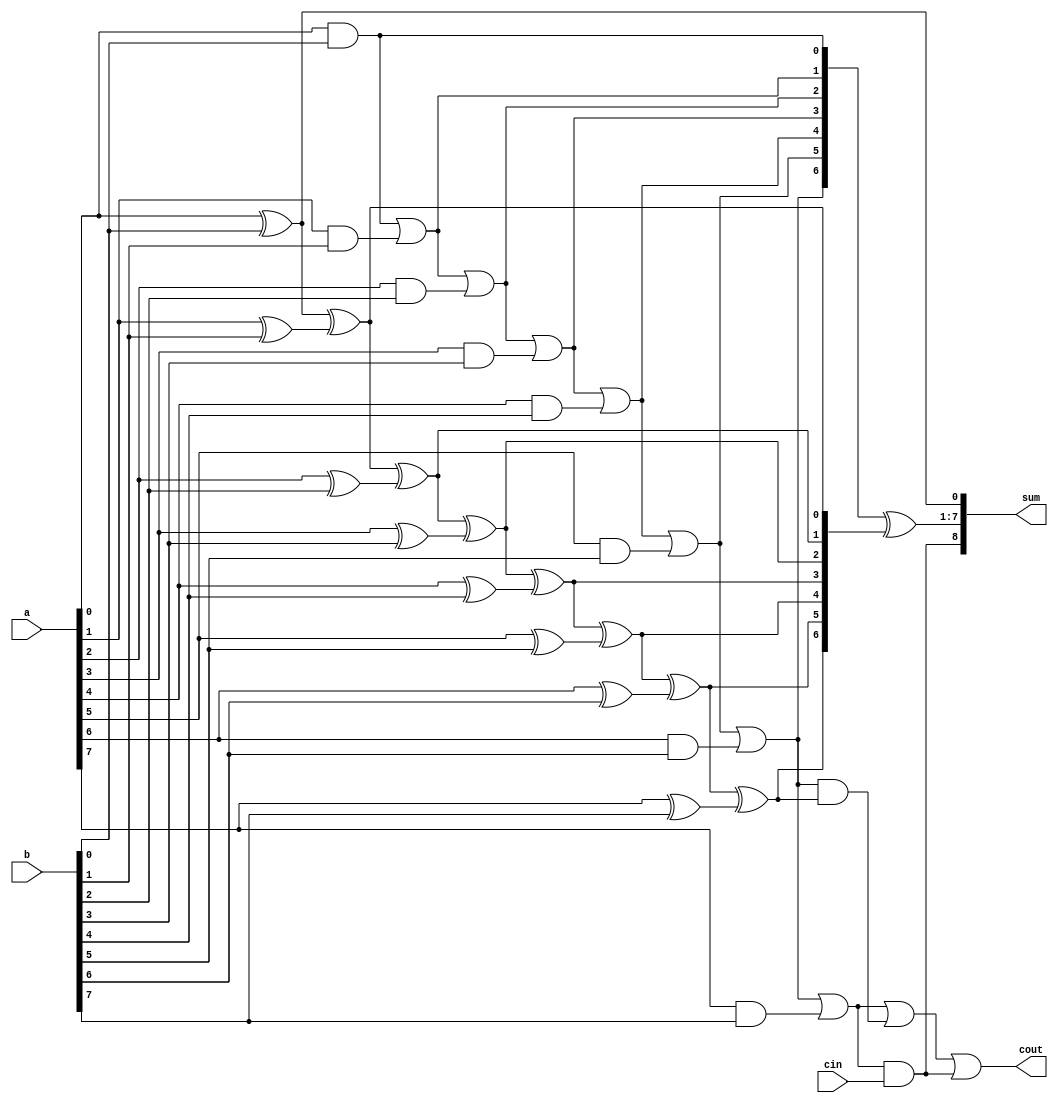
module kogge_stone_adder (
    input [7:0] a,
    input [7:0] b,
    input cin,
    output [8:0] sum,
    output cout
);

reg [8:0] p;
reg [8:0] g;

assign p[0] = a[0] ^ b[0];
assign g[0] = a[0] & b[0];

generate
    genvar i;
    for (i = 1; i < 8; i = i + 1) begin
        assign p[i] = p[i-1] ^ (a[i] ^ b[i]);
        assign g[i] = g[i-1] | (a[i] & b[i]);
    end
endgenerate

assign sum = {g[7] & cin, g[6:0] ^ p[7:1], p[0]};
assign cout = g[7] | (g[6] & p[7]) | (g[7] & cin);

endmodule